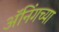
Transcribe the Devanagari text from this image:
ॲनिंगच्या